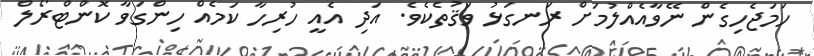
ހަމަޖެހިގެން ނޭވާއެއްލުމަށް ރަނގަޅު ވަޤުތެކެވެ. އަދި އެއީ ހުރިހާ ކަމެއް ހިންގަވާ ކޮންޓްރޯލް